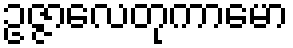
ဥဇ္ဇာလေတုကာမော